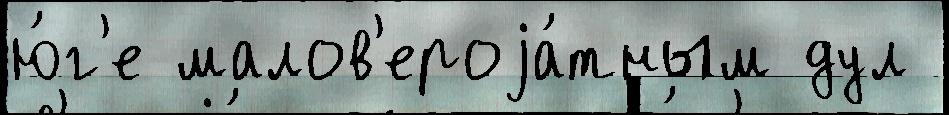
ю́г'е малов'ероjа́тным дул